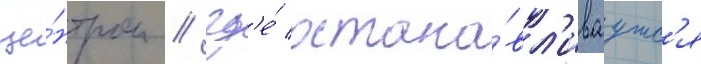
це́нтром / гд'е́ остана́вл'иваутс'я